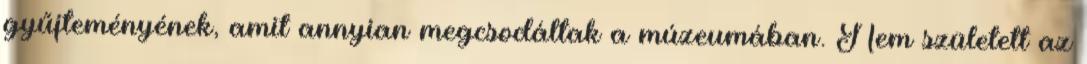
gyűjteményének, amit annyian megcsodáltak a múzeumában. Nem született az